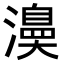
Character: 𭳅